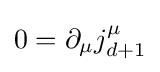
0=\partial _{\mu }j_{d+1}^{\mu }